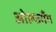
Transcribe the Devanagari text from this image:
ओल्फगैंग